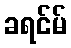
ခရင်မ်